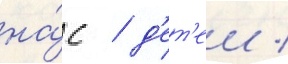
на́с / д'ет'еи /